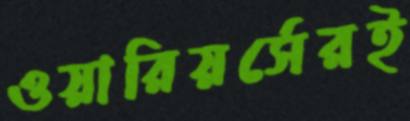
ওয়ারিয়র্সেরই